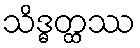
သိဒ္ဓတ္ထဿ